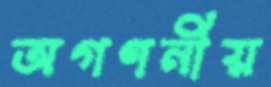
অগণনীয়